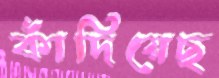
কাঁদিয়েছ